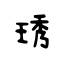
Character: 琇